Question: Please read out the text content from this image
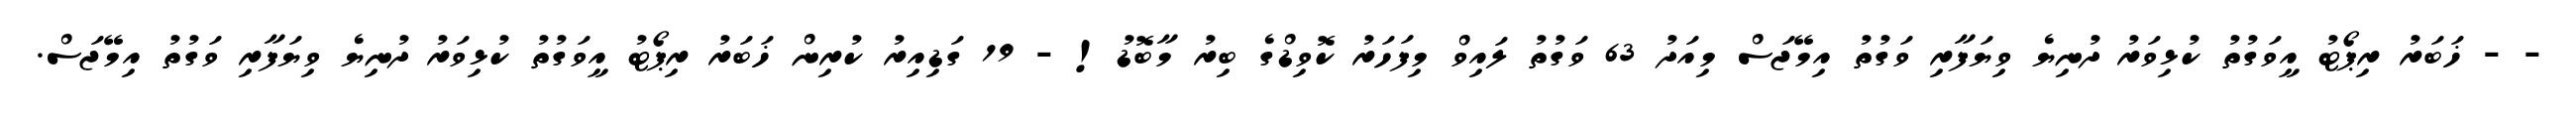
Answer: - - ޚަބަރު ރިޕޯޓު އީވަގުތު ކުޅިވަރު ދުނިޔެ ވިޔަފާރި ވަގުތު އިމޭޖަސް މިއަދު 63 ވަގުތު ލައިވް މިފަހަރު ކޮވިޑްގެ ބިރު މާބޮޑު! - 19 ގަޑިއިރު ކުރިން ޚަބަރު ރިޕޯޓު އީވަގުތު ކުޅިވަރު ދުނިޔެ ވިޔަފާރި ވަގުތު އިމޭޖަސް.